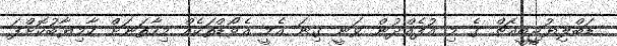
ޑަބްލިޔުޖީބީއެޗް ގެ މި އުފެއްދުން ވަނީ ގިނަ އެމީ އެވޯޑްތަކެއް މިހާތަނަށް ކާމިޔާބުކޮށްފަ